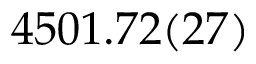
4 5 0 1 . 7 2 ( 2 7 )